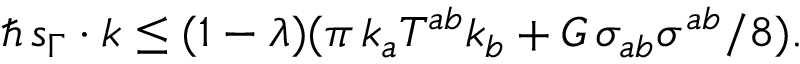
\hbar \, s _ { \Gamma } \cdot k \leq ( 1 - \lambda ) ( \pi \, k _ { a } T ^ { a b } k _ { b } + G \, \sigma _ { a b } \sigma ^ { a b } / 8 ) .